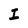
Character: I